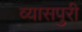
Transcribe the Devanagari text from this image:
व्यासपुरी